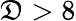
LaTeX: \mathfrak{D}>8